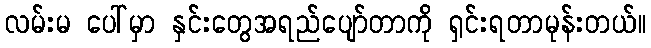
လမ်းမ ပေါ်မှာ နှင်းတွေအရည်ပျော်တာကို ရှင်းရတာမုန်းတယ်။